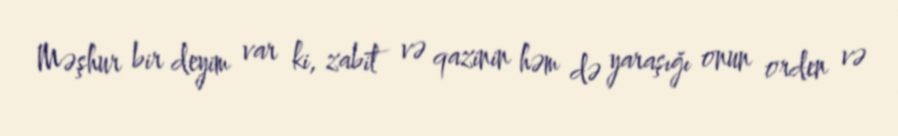
Məşhur bir deyim var ki, zabit və qazinin həm də yaraşığı onun orden və